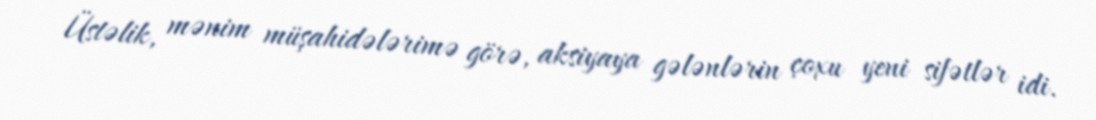
Üstəlik, mənim müşahidələrimə görə, aksiyaya gələnlərin çoxu yeni sifətlər idi.